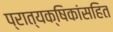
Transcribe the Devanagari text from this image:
प्रात्यक्षिकांसहित